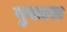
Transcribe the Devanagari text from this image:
गुकारः